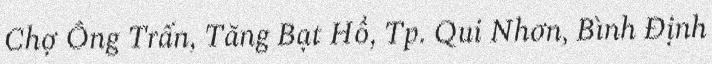
Chợ Ông Trấn, Tăng Bạt Hổ, Tp. Qui Nhơn, Bình Định